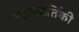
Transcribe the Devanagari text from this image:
महाकार्तिकी